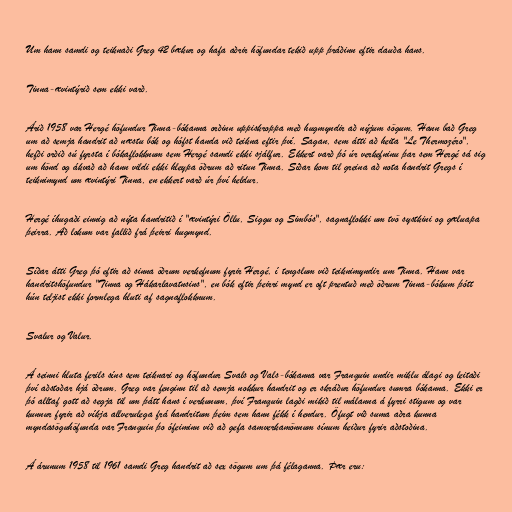
Um hann samdi og teiknaði Greg 42 bækur og hafa aðrir höfundar tekið upp þráðinn eftir dauða hans.

Tinna-ævintýrið sem ekki varð.

Árið 1958 var Hergé höfundur Tinna-bókanna orðinn uppiskroppa með hugmyndir að nýjum sögum. Hann bað Greg
um að semja handrit að næstu bók og hófst handa við teikna eftir því. Sagan, sem átti að heita "Le Thermozéro",
hefði orðið sú fyrsta í bókaflokknum sem Hergé samdi ekki sjálfur. Ekkert varð þó úr verkefninu þar sem Hergé sá sig
um hönd og ákvað að hann vildi ekki hleypa öðrum að ritun Tinna. Síðar kom til greina að nota handrit Gregs í
teiknimynd um ævintýri Tinna, en ekkert varð úr því heldur.

Hergé íhugaði einnig að nýta handritið í "ævintýri Öllu, Siggu og Simbós", sagnaflokki um tvö systkini og gæluapa
þeirra. Að lokum var fallið frá þeirri hugmynd.

Síðar átti Greg þó eftir að sinna öðrum verkefnum fyrir Hergé, í tengslum við teiknimyndir um Tinna. Hann var
handritshöfundur "Tinna og Hákarlavatnsins", en bók eftir þeirri mynd er oft prentuð með öðrum Tinna-bókum þótt
hún teljist ekki formlega hluti af sagnaflokknum.

Svalur og Valur.

Á seinni hluta ferils síns sem teiknari og höfundur Svals og Vals-bókanna var Franquin undir miklu álagi og leitaði
því aðstoðar hjá öðrum. Greg var fenginn til að semja nokkur handrit og er skráður höfundur sumra bókanna. Ekki er
þó alltaf gott að segja til um þátt hans í verkunum, því Franquin lagði mikið til málanna á fyrri stigum og var
kunnur fyrir að víkja allverulega frá handritum þeim sem hann fékk í hendur. Öfugt við suma aðra kunna
myndasöguhöfunda var Franquin þo ófeiminn við að gefa samverkamönnum sínum heiður fyrir aðstoðina.

Á árunum 1958 til 1961 samdi Greg handrit að sex sögum um þá félaganna. Þær eru: